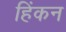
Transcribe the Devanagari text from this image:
हिंकन